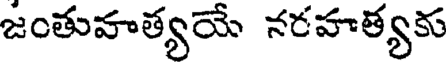
జంతువాత్యయే నరహత్యకు